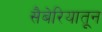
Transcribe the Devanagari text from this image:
सैबेरियातून